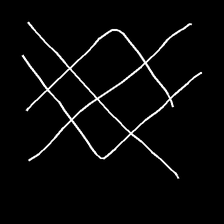
Glyph: crystal